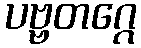
ပဗ္ဗတဂ္ဂေ